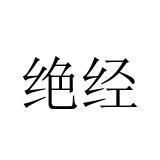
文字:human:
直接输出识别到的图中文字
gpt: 绝经